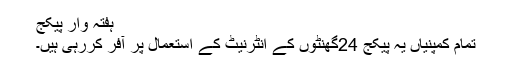
ہفتہ وار پیکج
تمام کمپنیاں یہ پیکج 24گھنٹوں کے انٹرنیٹ کے استعمال پر آفر کررہی ہیں۔